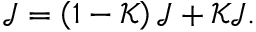
\mathcal { J } = \left( 1 - \mathcal { K } \right) \mathcal { J } + \mathcal { K } \mathcal { J } .